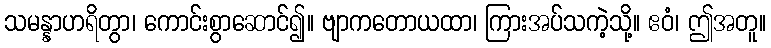
သမန္နာဟရိတွာ၊ ကောင်းစွာဆောင်၍။ ဗျာကတောယထာ၊ ကြားအပ်သကဲ့သို့။ ဧဝံ၊ ဤအတူ။